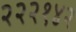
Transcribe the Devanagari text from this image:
२२२१४२